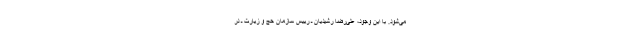
می‌شود. با این وجود، علی‌رضا رشیدیان ـ رییس سازمان حج و زیارت ـ‌ در